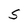
Character: S